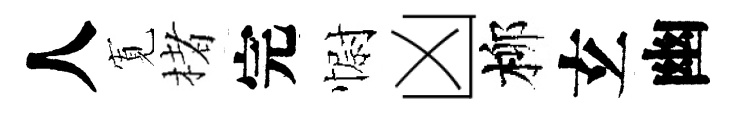
人𡩖楮完𢠢凶柳𤣥幽